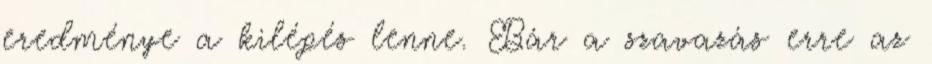
eredménye a kilépés lenne. Bár a szavazás erre az